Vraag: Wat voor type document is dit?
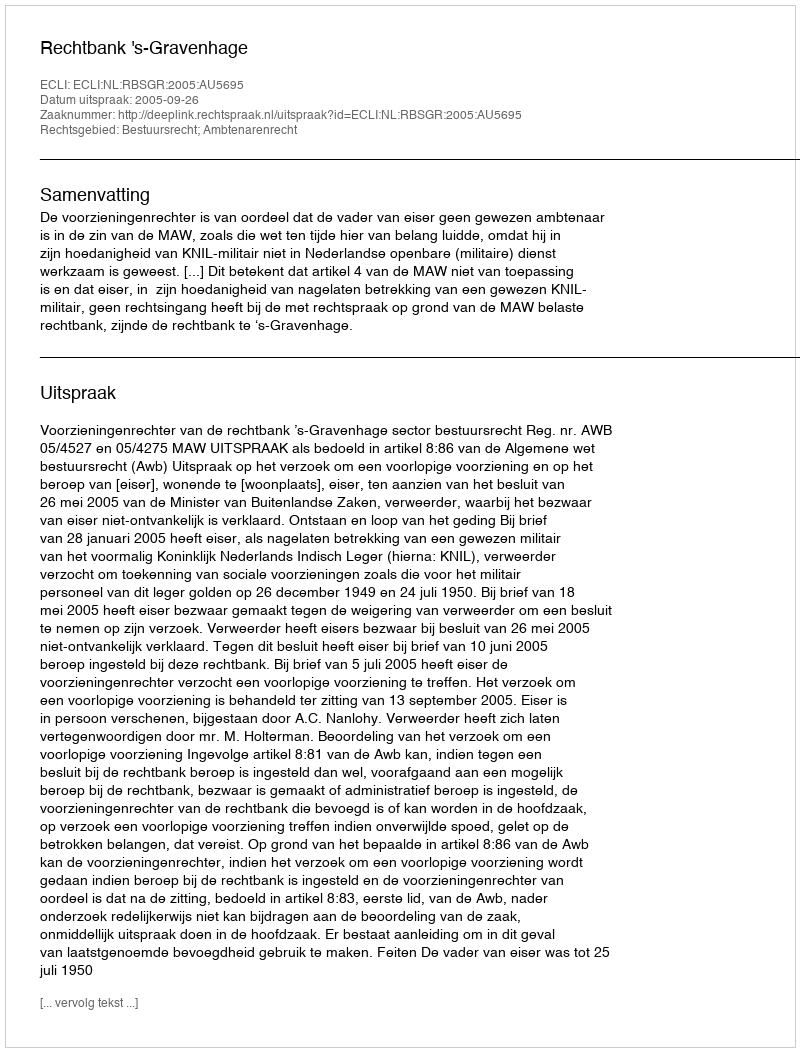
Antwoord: Uitspraak